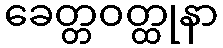
ခေတ္တဝတ္ထုနာ